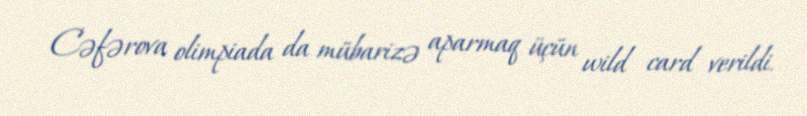
Cəfərova olimpiada da mübarizə aparmaq üçün wild card verildi.